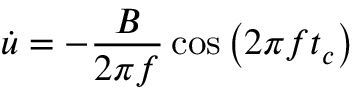
\dot { u } = - \frac { B } { 2 \pi f } \cos { \left( 2 \pi f t _ { c } \right) }